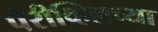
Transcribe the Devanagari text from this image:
पेरीव्हिलच्या